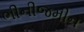
ભીનીજમીન